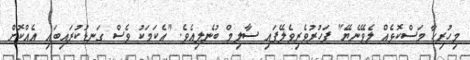
މިހުރިހާ މަސްކޮޅެއް ލެވޭނެޔޭ" ފަހުރުވެރިވެލޭފައި ސާލިމް ބުނެލިއެވެ. "އެކަމަކު ވެސް ގަނޑުކުރައިބައި އެއްކޮށް